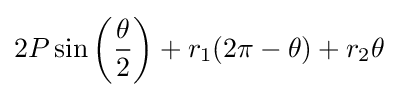
2P\sin \left({\frac {\theta }{2}}\right)+r_{1}(2\pi -\theta )+r_{2}{\theta }